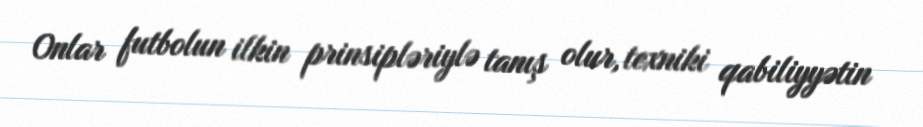
Onlar futbolun ilkin prinsipləriylə tanış olur, texniki qabiliyyətin